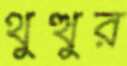
থুত্থুর